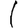
Digit: 1